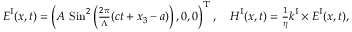
\begin{array} { r } { \boldsymbol { E } ^ { \mathrm { I } } ( \boldsymbol { x } , t ) = \left( A \ \mathrm { S i n } ^ { 2 } \left( \frac { 2 \pi } { \Lambda } ( c t + x _ { 3 } - a ) \right) , 0 , 0 \right) ^ { \mathrm T } , \quad \boldsymbol { H } ^ { \mathrm { I } } ( \boldsymbol { x } , t ) = \frac { 1 } { \eta } \boldsymbol { k } ^ { \mathrm { I } } \times \boldsymbol { E } ^ { \mathrm { I } } ( \boldsymbol { x } , t ) , } \end{array}